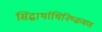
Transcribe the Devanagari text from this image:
सिद्धार्थाभिनिष्क्रमण